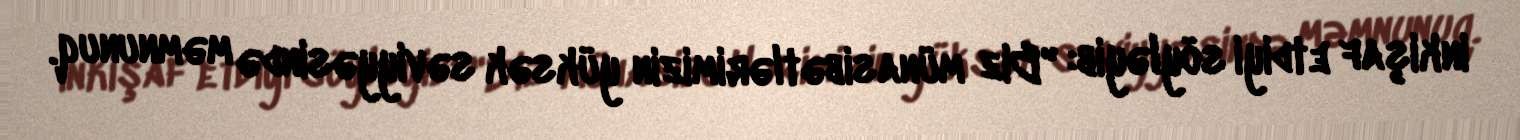
inkişaf etdiyi söyləyib: "Biz münasibətlərimizin yüksək səviyyəsində məmnunuq.